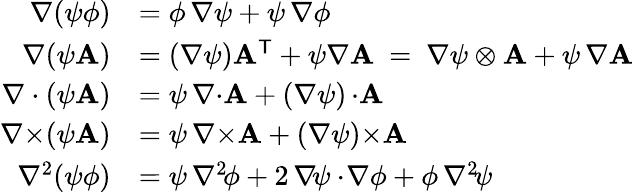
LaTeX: {\begin{array}{rl}{\nabla(\psi\phi)}&{=\phi\, \nabla\psi+\psi\, \nabla\phi}\\ {\nabla(\psi\mathbf{A})}&{=(\nabla\psi)\mathbf{A}^{\textsf{T}}+\psi\nabla\mathbf{A}\ =\ \nabla\psi\otimes\mathbf{A}+\psi\, \nabla\mathbf{A}}\\ {\nabla\cdot(\psi\mathbf{A})}&{=\psi\, \nabla{\cdot}\mathbf{A}+(\nabla\psi)\, {\cdot}\mathbf{A}}\\ {\nabla{\times}(\psi\mathbf{A})}&{=\psi\, \nabla{\times}\mathbf{A}+(\nabla\psi){\times}\mathbf{A}}\\ {\nabla^{2}(\psi\phi)}&{=\psi\, \nabla^{2\! }\phi+2\, \nabla\! \psi\cdot\! \nabla\phi+\phi\, \nabla^{2\! }\psi}\end{array}}